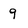
Character: 9